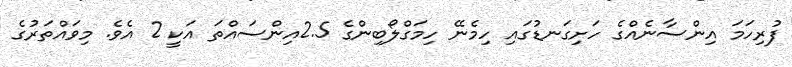
ފުރިހަމަ އިންސާނެއްގެ ހަށިގަނޑުގައި ހިމެނޭ ހިމަގްލޯބިންގެ 2.5އިންސައްތަ އަކީ 2 އެވެ. މިވައްތަރުގެ